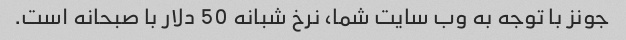
جونز با توجه به وب سایت شما، نرخ شبانه 50 دلار با صبحانه است.